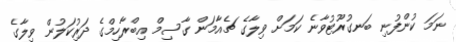
ނަމަ ކުންފުނި ބަނގުރޫޓުވާނެ ކަމަށް ވިލާގެ ޗެއާމަން ގާސިމް އިބްރާހިމްގެ ދަރުިިކަލުން ވިލާގެ